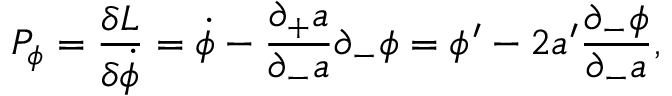
P _ { \phi } = { \frac { \delta L } { \delta \dot { \phi } } } = \dot { \phi } - { \frac { \partial _ { + } a } { \partial _ { - } a } } \partial _ { - } \phi = \phi ^ { \prime } - { 2 a ^ { \prime } } { \frac { \partial _ { - } \phi } { \partial _ { - } a } } ,